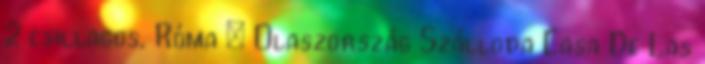
2 csillagos, Róma – Olaszország Szálloda Casa De Las